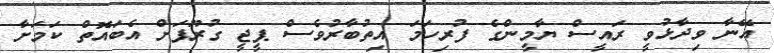
އޭނާ ވިދާޅުވީ ރައީސް ޔާމީންގެ ފުރިހަމަ އިތުބާރުވެސް ޕީޖީ ގުރޫޕަށް އެބައޮތް ކަމަށާ